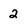
Character: 2